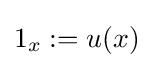
1_{x}:=u(x)